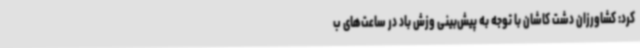
کرد: کشاورزان دشت کاشان با توجه به پیش‌بینی وزش باد در ساعت‌های ب